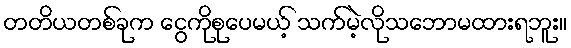
တတိယတစ်ခုက ငွေကိုစုပေမယ့် သက်မဲ့လိုသဘောမထားရဘူး။